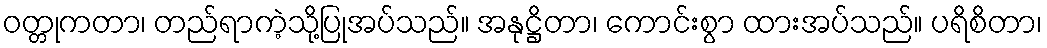
ဝတ္တုကတာ၊ တည်ရာကဲ့သို့ပြုအပ်သည်။ အနုဋ္ဌိတာ၊ ကောင်းစွာ ထားအပ်သည်။ ပရိစိတာ၊